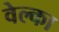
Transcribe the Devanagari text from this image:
वेल्का